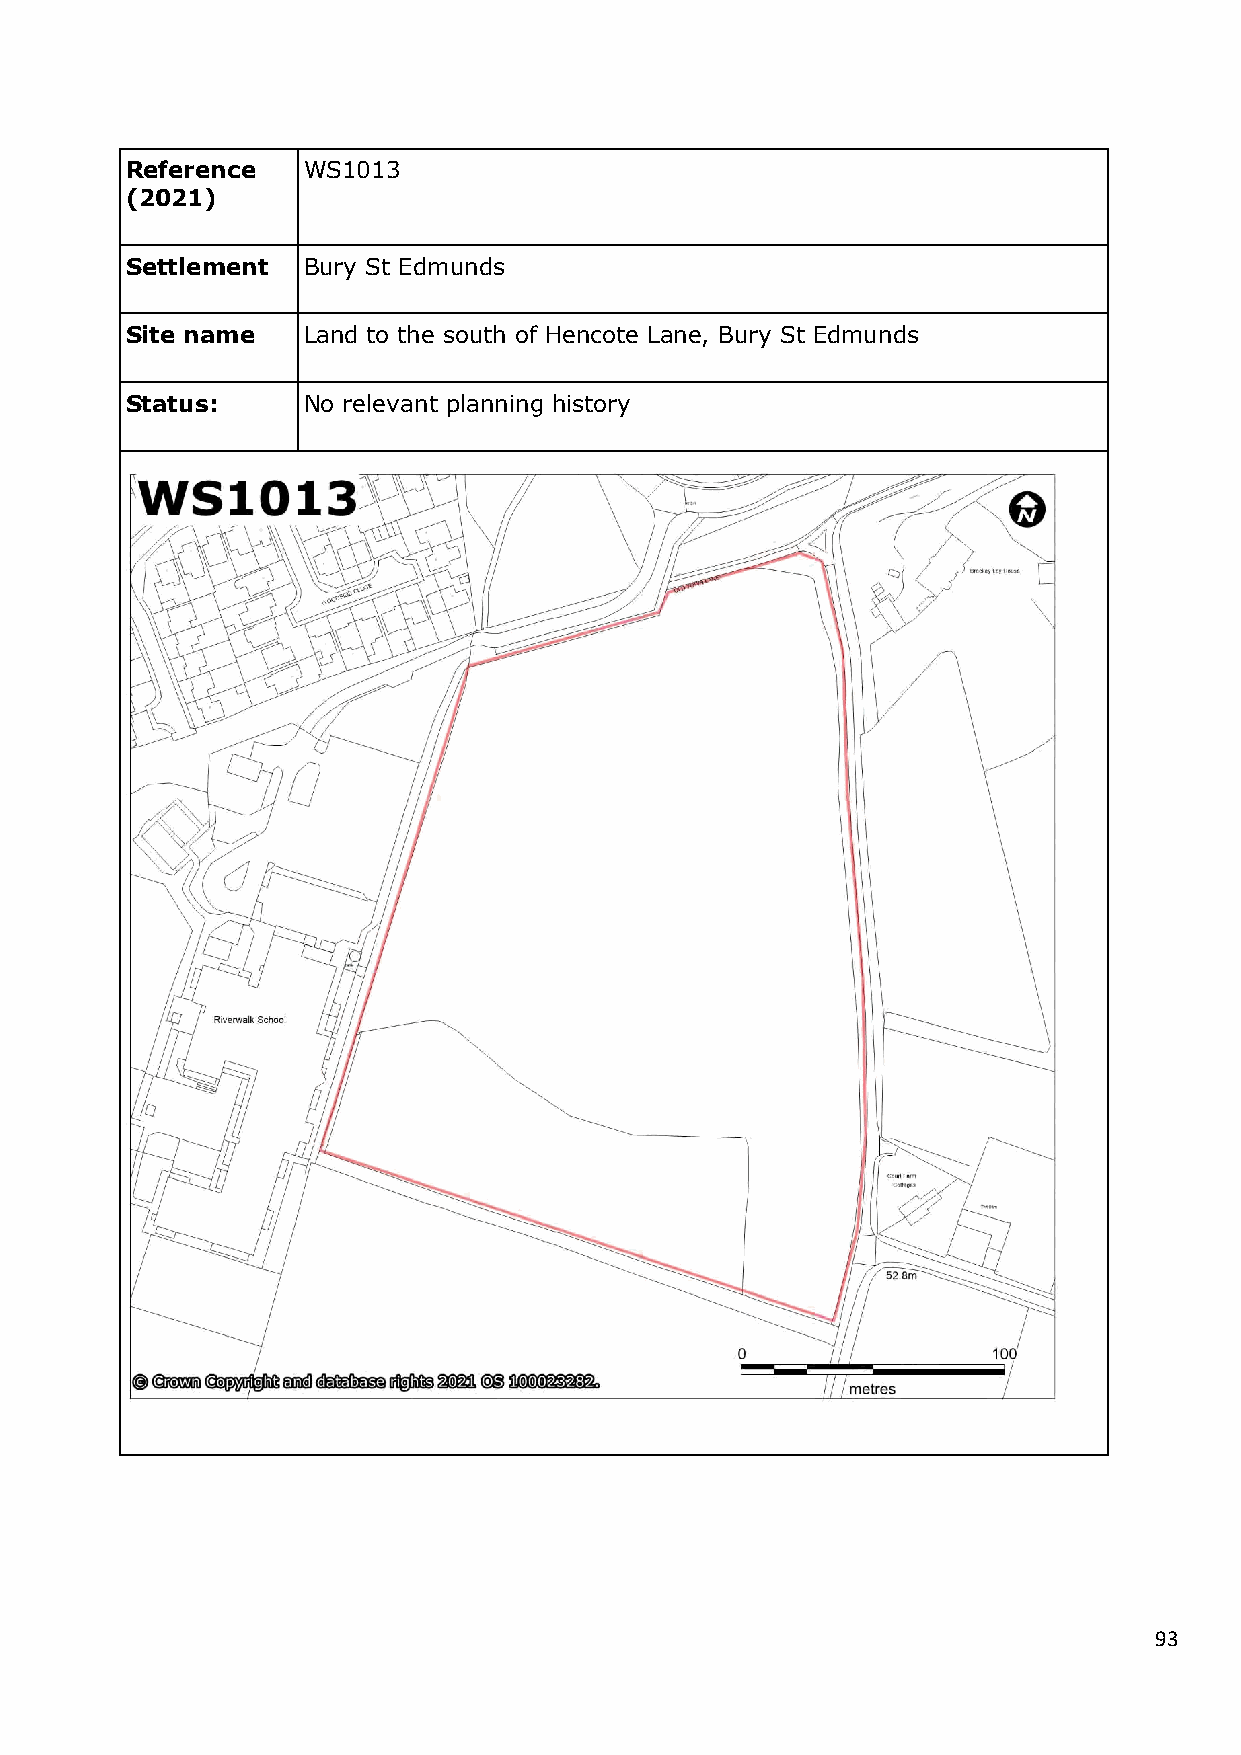
Reference   WS1013
 (2021)
 Settlement  Bury St Edmunds
 Site name   Land to the south of Hencote Lane, Bury St Edmunds
 Status:     No relevant planning history
 93